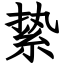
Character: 絷